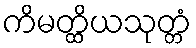
ကိမတ္ထိယသုတ္တံ